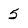
Character: 5